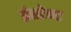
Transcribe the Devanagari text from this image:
इंस्टेन्ट